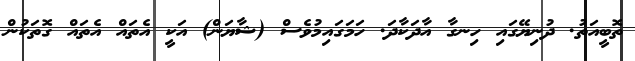
ތޮބީއަތު. ދުނިޔޭގައި ހިނގާ އާދަކާދަ. ހަމަގައިމުވެސް (ޝާޔަން) އަކީ އެތައް އެތައް ގޮތަކުން